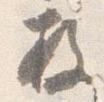
枚